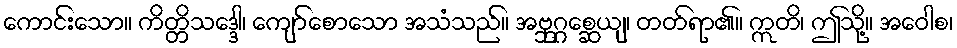
ကောင်းသော။ ကိတ္တိသဒ္ဒေါ၊ ကျော်စောသော အသံသည်။ အဗ္ဘုဂ္ဂစ္ဆေယျ၊ တတ်ရာ၏။ ဣတိ၊ ဤသို့။ အဝေါစ၊